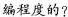
编程度的?